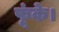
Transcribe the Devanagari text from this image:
फूंके।